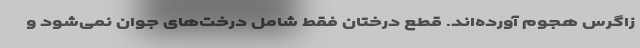
زاگرس هجوم آورده‌اند. قطع درختان فقط شامل درخت‌های جوان نمی‌شود و